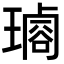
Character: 𤩡